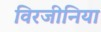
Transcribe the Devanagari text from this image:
विरजीनिया